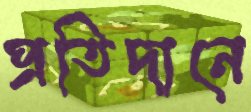
প্রতিদানে